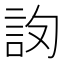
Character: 𧦛